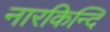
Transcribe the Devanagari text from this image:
नारकिन्दि